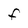
Character: F